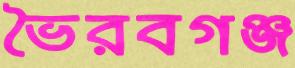
ভৈরবগঞ্জ